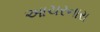
આચરનારા